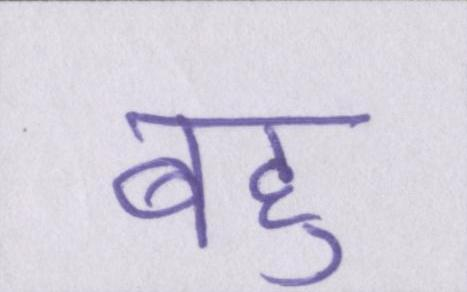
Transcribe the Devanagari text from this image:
बहु